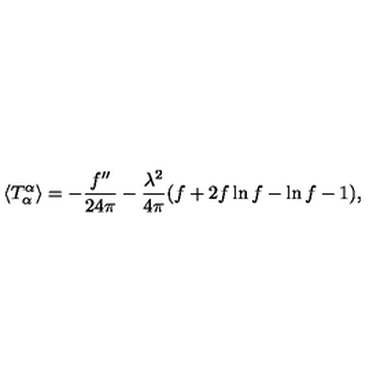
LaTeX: \langle T _ { \alpha } ^ { \alpha } \rangle = - { \frac { f ^ { \prime \prime } } { 2 4 \pi } } - { \frac { \lambda ^ { 2 } } { 4 \pi } } ( f + 2 f \ln f - \ln f - 1 ) ,